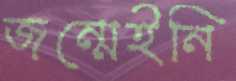
জন্মেইনি